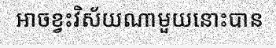
អាចខ្វះវិស័យណាមួយនោះបាន